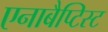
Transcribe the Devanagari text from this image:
एनाबैप्टिस्ट